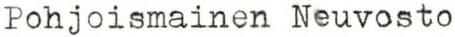
Pohjoismainen Neuvosto